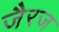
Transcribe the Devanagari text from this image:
जैरज